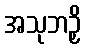
အသုဘဉှိ